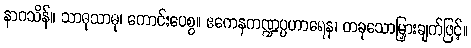
နာဂသိန်။ သာဓုသာဓု၊ ကောင်းပေစွ။ ဧကေနကဏ္ဍပ္ပဟာရေန၊ တခုသောမြှားချက်ဖြင့်။